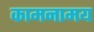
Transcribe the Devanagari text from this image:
कामनामय